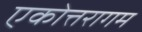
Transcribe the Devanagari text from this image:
एकोत्तरागम